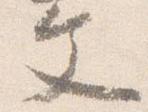
文